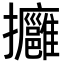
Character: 𢺠